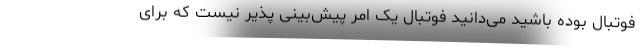
فوتبال بوده باشید می‌دانید فوتبال یک امر پیش‌بینی پذیر نیست که برای